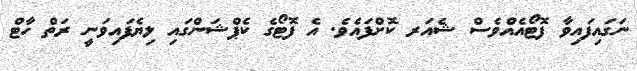
ނަގައިފައިވާ ފޮޓޯއެއްވެސް ޝެއަރ ކޮށްފައެވެ. އެ ފޮޓޯގެ ކެޕްޝަންގައި ލިޔެފައިވަނީ ރަތް ހާޓް